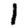
Digit: 1